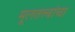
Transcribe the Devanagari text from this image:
मूलतत्त्वांचा